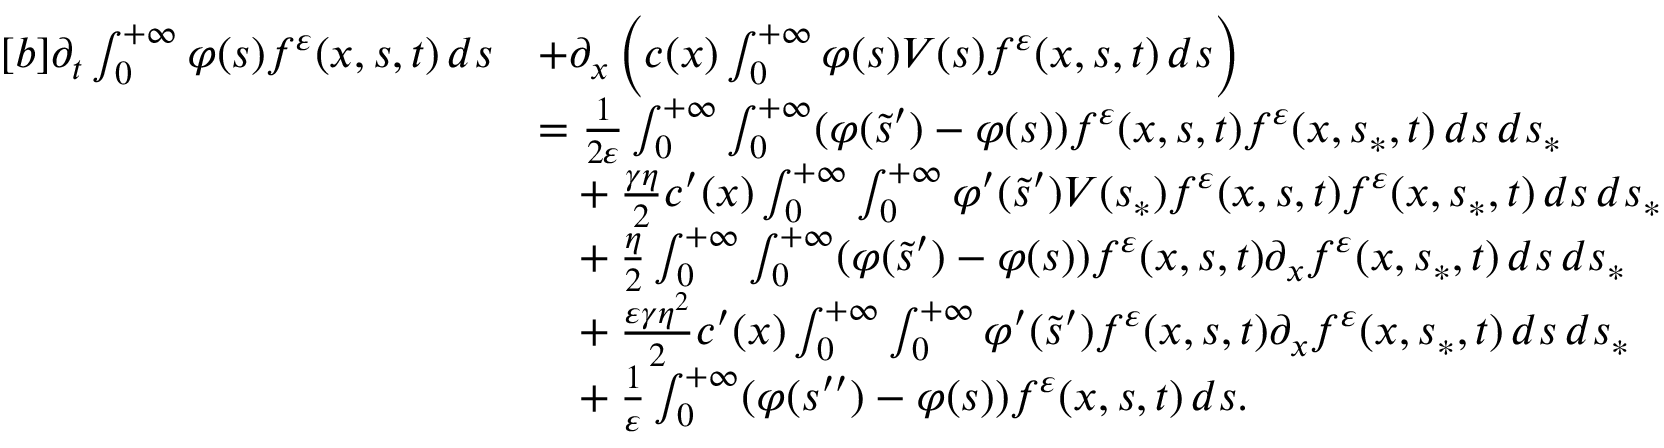
\begin{array} { r } { \begin{array} { r l } { [ b ] \partial _ { t } \int _ { 0 } ^ { + \infty } \varphi ( s ) f ^ { \varepsilon } ( x , s , t ) \, d s } & { + \partial _ { x } \left( c ( x ) \int _ { 0 } ^ { + \infty } \varphi ( s ) V ( s ) f ^ { \varepsilon } ( x , s , t ) \, d s \right) } \\ & { = \frac { 1 } { 2 \varepsilon } \int _ { 0 } ^ { + \infty } \int _ { 0 } ^ { + \infty } ( \varphi ( \tilde { s } ^ { \prime } ) - \varphi ( s ) ) f ^ { \varepsilon } ( x , s , t ) f ^ { \varepsilon } ( x , s _ { \ast } , t ) \, d s \, d s _ { \ast } } \\ & { \phantom { = } + \frac { \gamma \eta } { 2 } c ^ { \prime } ( x ) \int _ { 0 } ^ { + \infty } \int _ { 0 } ^ { + \infty } \varphi ^ { \prime } ( \tilde { s } ^ { \prime } ) V ( s _ { \ast } ) f ^ { \varepsilon } ( x , s , t ) f ^ { \varepsilon } ( x , s _ { \ast } , t ) \, d s \, d s _ { \ast } } \\ & { \phantom { = } + \frac { \eta } { 2 } \int _ { 0 } ^ { + \infty } \int _ { 0 } ^ { + \infty } ( \varphi ( \tilde { s } ^ { \prime } ) - \varphi ( s ) ) f ^ { \varepsilon } ( x , s , t ) \partial _ { x } f ^ { \varepsilon } ( x , s _ { \ast } , t ) \, d s \, d s _ { \ast } } \\ & { \phantom { = } + \frac { \varepsilon \gamma \eta ^ { 2 } } { 2 } c ^ { \prime } ( x ) \int _ { 0 } ^ { + \infty } \int _ { 0 } ^ { + \infty } \varphi ^ { \prime } ( \tilde { s } ^ { \prime } ) f ^ { \varepsilon } ( x , s , t ) \partial _ { x } f ^ { \varepsilon } ( x , s _ { \ast } , t ) \, d s \, d s _ { \ast } } \\ & { \phantom { = } + \frac { 1 } { \varepsilon } \int _ { 0 } ^ { + \infty } ( \varphi ( s ^ { \prime \prime } ) - \varphi ( s ) ) f ^ { \varepsilon } ( x , s , t ) \, d s . } \end{array} } \end{array}